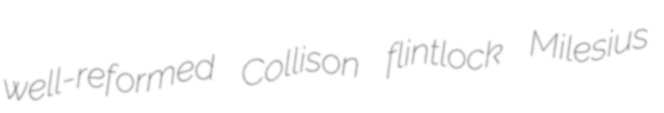
well-reformed Collison flintlock Milesius